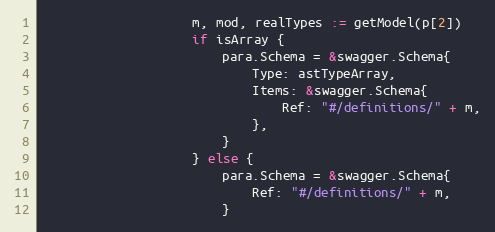
Language: Go
					m, mod, realTypes := getModel(p[2])
					if isArray {
						para.Schema = &swagger.Schema{
							Type: astTypeArray,
							Items: &swagger.Schema{
								Ref: "#/definitions/" + m,
							},
						}
					} else {
						para.Schema = &swagger.Schema{
							Ref: "#/definitions/" + m,
						}